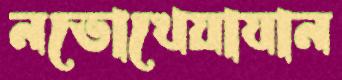
নভোখেয়াযান